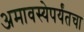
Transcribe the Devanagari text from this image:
अमावस्येपर्यंतचा